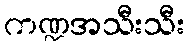
ကဏ္ဍအသီးသီး